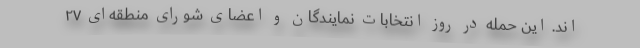
اند. این حمله در روز انتخابات نمایندگان و اعضای شورای منطقه‌ای ۲۷